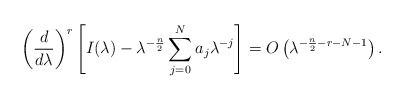
\begin{align*} \left(\frac{d}{d\lambda}\right)^r\left[I(\lambda) - \lambda^{-\frac{n}{2}} \sum_{j=0}^N a_j \lambda^{-j}\right] = O\left(\lambda^{-\frac{n}{2}-r-N-1}\right). \end{align*}